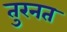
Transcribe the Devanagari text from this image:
तुरनत